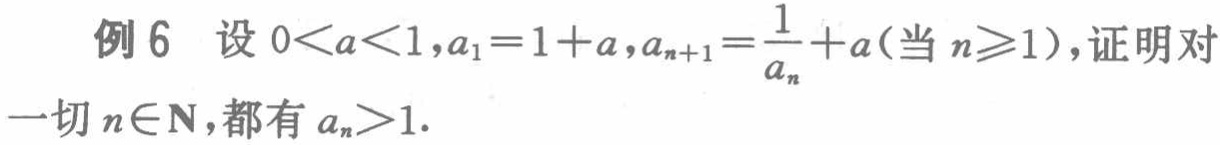
例6 设\(0 < a < 1,a_{1}=1 + a,a_{n + 1}=\frac{1}{a_{n}}+a\)（当\(n\geqslant1\)），证明对一切\(n\in\mathbf{N}\)，都有\(a_{n}>1\).